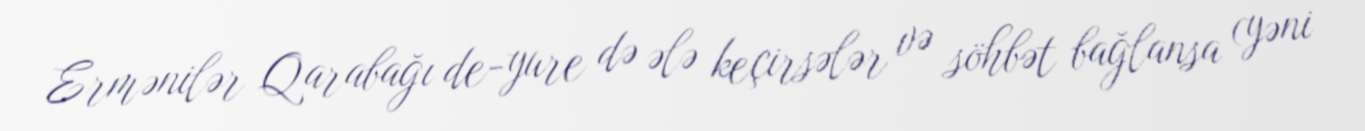
Ermənilər Qarabağı de-yure də ələ keçirsələr və söhbət bağlansa (yəni